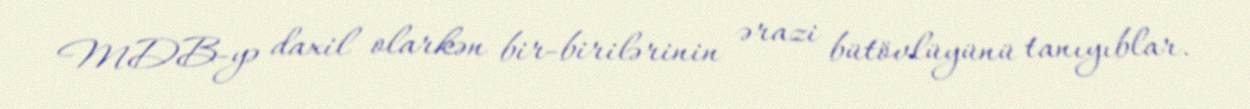
MDB-yə daxil olarkən bir-birilərinin ərazi bütövlüyünü tanıyıblar.